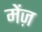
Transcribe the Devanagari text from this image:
मेंज़